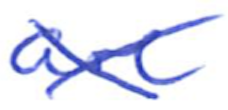
Text: are
Cross-out: mix
Writing tool: ballpoint